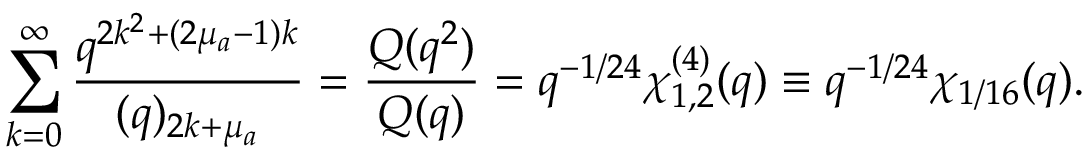
\sum _ { k = 0 } ^ { \infty } \frac { q ^ { 2 k ^ { 2 } + ( 2 \mu _ { a } - 1 ) k } } { ( q ) _ { 2 k + \mu _ { a } } } = \frac { Q ( q ^ { 2 } ) } { Q ( q ) } = q ^ { - 1 / 2 4 } \chi _ { 1 , 2 } ^ { ( 4 ) } ( q ) \equiv q ^ { - 1 / 2 4 } \chi _ { 1 / 1 6 } ( q ) .